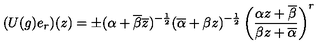
( U ( g ) e _ { r } ) ( z ) = \pm ( \alpha + \overline { { \beta } } \overline { { z } } ) ^ { - \frac { 1 } { 2 } } ( \overline { { \alpha } } + \beta z ) ^ { - \frac { 1 } { 2 } } \left( \frac { \alpha z + \overline { { \beta } } } { \beta z + \overline { { \alpha } } } \right) ^ { r }